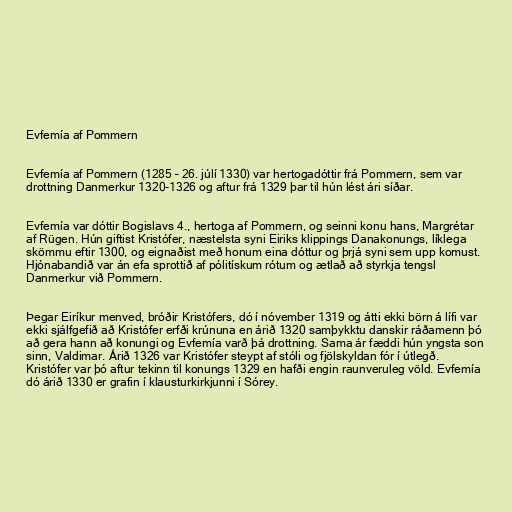
Evfemía af Pommern

Evfemía af Pommern (1285 – 26. júlí 1330) var hertogadóttir frá Pommern, sem var
drottning Danmerkur 1320-1326 og aftur frá 1329 þar til hún lést ári síðar.

Evfemía var dóttir Bogislavs 4., hertoga af Pommern, og seinni konu hans, Margrétar
af Rügen. Hún giftist Kristófer, næstelsta syni Eiriks klippings Danakonungs, líklega
skömmu eftir 1300, og eignaðist með honum eina dóttur og þrjá syni sem upp komust.
Hjónabandið var án efa sprottið af pólitískum rótum og ætlað að styrkja tengsl
Danmerkur við Pommern.

Þegar Eiríkur menved, bróðir Kristófers, dó í nóvember 1319 og átti ekki börn á lífi var
ekki sjálfgefið að Kristófer erfði krúnuna en árið 1320 samþykktu danskir ráðamenn þó
að gera hann að konungi og Evfemía varð þá drottning. Sama ár fæddi hún yngsta son
sinn, Valdimar. Árið 1326 var Kristófer steypt af stóli og fjölskyldan fór í útlegð.
Kristófer var þó aftur tekinn til konungs 1329 en hafði engin raunveruleg völd. Evfemía
dó árið 1330 er grafin í klausturkirkjunni í Sórey.